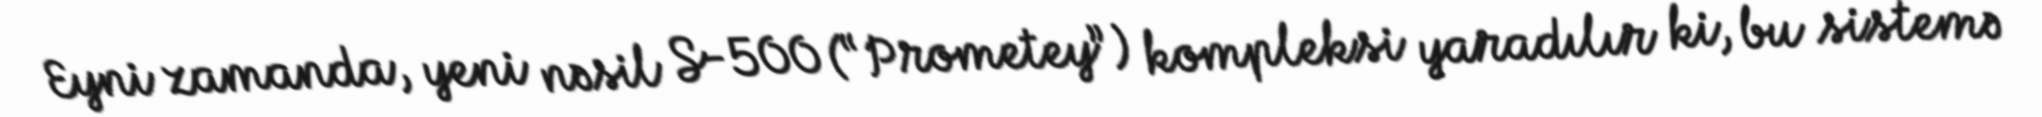
Eyni zamanda, yeni nəsil S-500 (“Prometey”) kompleksi yaradılır ki, bu sistemə